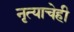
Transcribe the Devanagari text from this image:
नृत्याचेही